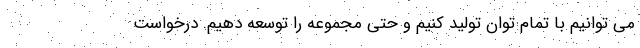
می توانیم با تمام توان تولید کنیم و حتی مجموعه را توسعه دهیم. درخواست